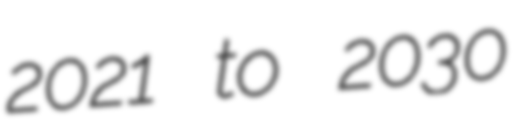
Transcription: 2021 to 2030